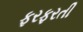
ફરફરતી